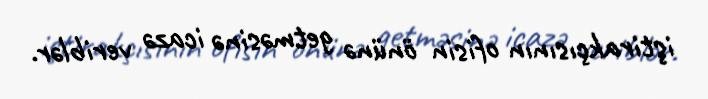
iştirakçısının ofisin önünə getməsinə icazə veriblər.